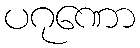
ပဂုဏော